Civil Veterinary Department. Central Provinces & Berar 1925-31 - 1925-1931
Year: 1925
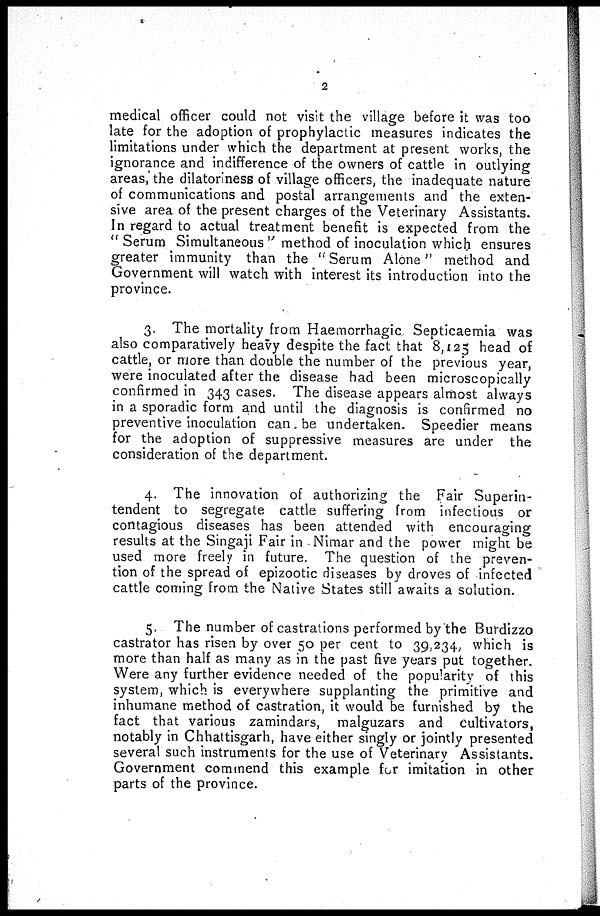
2
medical officer could not visit the village before it was too
late for the adoption of prophylactic measures indicates the
limitations under which the department at present works, the
ignorance and indifference of the owners of cattle in outlying
areas, the dilatoriness of village officers, the inadequate nature
of communications and postal arrangements and the exten-
sive area of the present charges of the Veterinary Assistants.
In regard to actual treatment benefit is expected from the
"Serum Simultaneous" method of inoculation which ensures
greater immunity than the "Serum Alone" method and
Government will watch with interest its introduction into the
province.
3. The mortality from Haemorrhagic Septicaemia was
also comparatively heavy despite the fact that 8,125 head of
cattle, or more than double the number of the previous year,
were inoculated after the disease had been microscopically
confirmed in 343 cases. The disease appears almost always
in a sporadic form and until the diagnosis is confirmed no
preventive inoculation can be undertaken. Speedier means
for the adoption of suppressive measures are under the
consideration of the department.
4. The innovation of authorizing the Fair Superin-
tendent to segregate cattle suffering from infectious or
contagious diseases has been attended with encouraging
results at the Singaji Fair in Nimar and the power might be
used more freely in future. The question of the preven-
tion of the spread of epizootic diseases by droves of infected
cattle coming from the Native States still awaits a solution.
5. The number of castrations performed by the Burdizzo
castrator has risen by over 50 per cent to 39,234 which is
more than half as many as in the past five years put together.
Were any further evidence needed of the popularity of this
system, which is everywhere supplanting the primitive and
inhumane method of castration, it would be furnished by the
fact that various zamindars, malguzars and cultivators,
notably in Chhattisgarh, have either singly or jointly presented
several such instruments for the use of Veterinary Assistants.
Government commend this example for imitation in other
parts of the province.